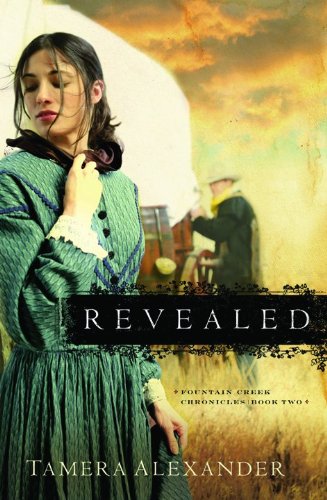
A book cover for Revealed (Fountain Creek Chronicles, Book 2); Tamera Alexander; Christian Books & Bibles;